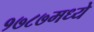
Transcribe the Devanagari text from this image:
१७८७मध्ये